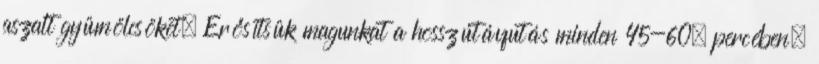
aszalt gyümölcsöket. Erősítsük magunkat a hosszútávfutás minden 45-60. percében,